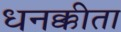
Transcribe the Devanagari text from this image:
धनक्कीता